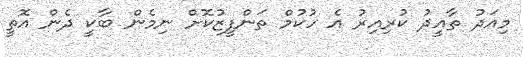
މިއަދު ތާއީދު ކުރިއިރު އެ ހުކުމް ތަންފީޒުކޮށް ނިމެން ބާކީ ދެން އޮތީ